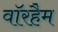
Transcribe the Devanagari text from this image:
वॉरहैम